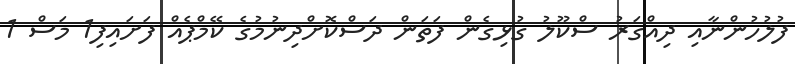
ފުލުހުންނާއި ދިއްގަރު ސްކޫލު ގުޅިގެން ފަތަން ދަސްކޮށްދިނުމުގެ ކޭމްޕެއް ފަށައިފި1 މަސް 1